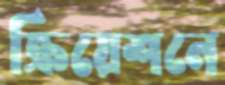
ক্রিয়েশনে